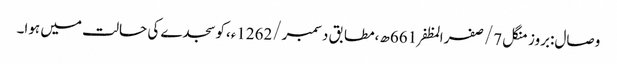
وصال:بروز منگل 7/صفرالمظفر661ھ،مطابق دسمبر/1262ء،کوسجدے کی حالت میں ہوا۔